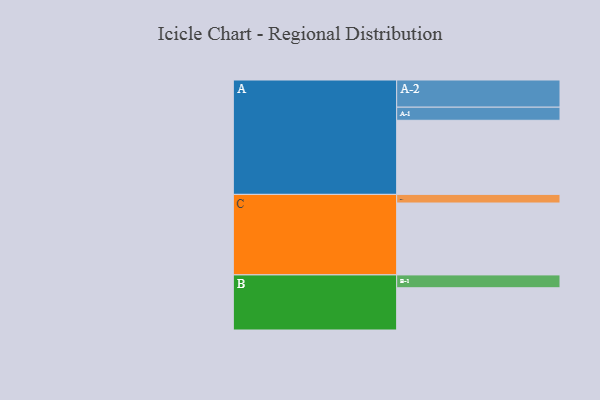
{"axis": {"x": "Segment", "y": "Value"}, "legend": ["", "A", "B", "C"], "data": [{"x": "A", "y": 600, "type": ""}, {"x": "B", "y": 342, "type": ""}, {"x": "C", "y": 582, "type": ""}, {"x": "A-1", "y": 106, "type": "A"}, {"x": "A-2", "y": 220, "type": "A"}, {"x": "B-1", "y": 104, "type": "B"}, {"x": "C-1", "y": 70, "type": "C"}]}